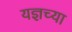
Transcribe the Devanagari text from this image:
यज्ञच्या